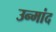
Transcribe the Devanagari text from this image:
उन्मांद